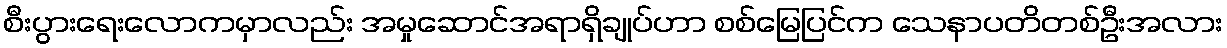
စီးပွားရေးလောကမှာလည်း အမှုဆောင်အရာရှိချုပ်ဟာ စစ်မြေပြင်က သေနာပတိတစ်ဦးအလား